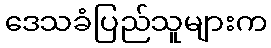
ဒေသခံပြည်သူများက